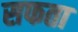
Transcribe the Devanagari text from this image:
सफता